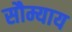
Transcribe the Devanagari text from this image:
सौम्याय